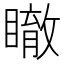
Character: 瞮